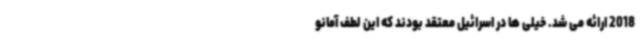
2018 ارائه می شد. خیلی ها در اسرائیل معتقد بودند که این لطف آمانو